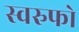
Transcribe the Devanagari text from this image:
स्वरुफो